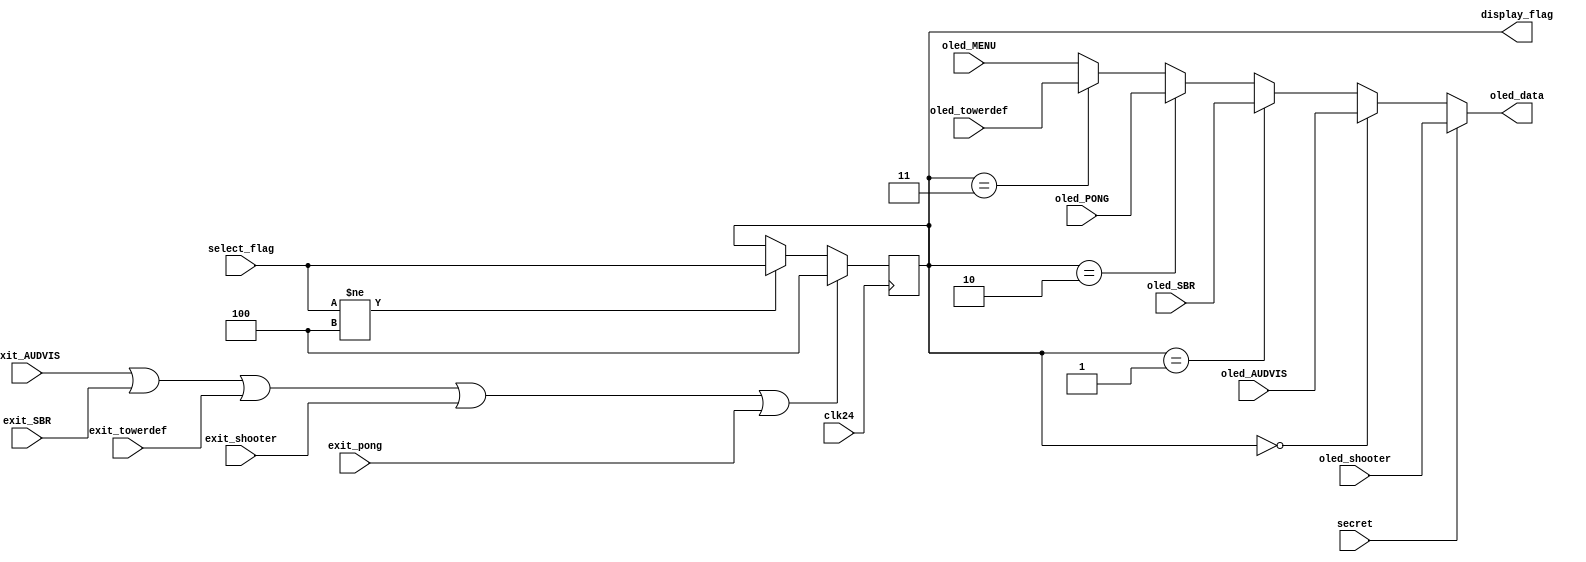
`timescale 1ns / 1ps

module Oled_DRIVER_main(input clk24, input [2:0] select_flag, output [15:0] oled_data, input [15:0] oled_MENU,  input [15:0] oled_AUDVIS, input [15:0] oled_SBR, 
input [15:0] oled_shooter, input [15:0] oled_PONG, input [15:0] oled_towerdef, input exit_AUDVIS, input exit_SBR, input exit_shooter, input exit_pong, input exit_towerdef, 
output reg [2:0] display_flag = 3'd4, input secret);
    
    always@(posedge clk24) begin
        if (exit_AUDVIS || exit_SBR || exit_towerdef || exit_shooter || exit_pong) display_flag = 3'd4;
        else if (select_flag != 3'd4) display_flag = select_flag;
    end   
    
    assign oled_data = (secret) ? oled_shooter :
                       (display_flag == 3'd0) ? oled_AUDVIS :
                       (display_flag == 3'd1) ? oled_SBR :
                       (display_flag == 3'd2) ? oled_PONG :
                       (display_flag == 3'd3) ? oled_towerdef :
                       oled_MENU;
    
endmodule